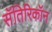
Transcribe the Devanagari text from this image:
सॅतिरिकॉन